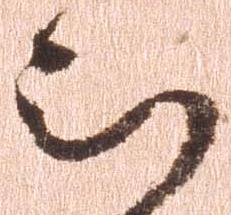
被